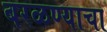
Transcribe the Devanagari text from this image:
बरळण्याचा